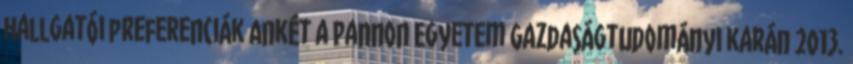
hallgatói preferenciák Ankét a Pannon Egyetem Gazdaságtudományi karán 2013.